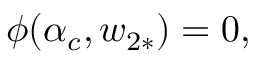
\phi ( \alpha _ { c } , w _ { 2 \ast } ) = 0 ,